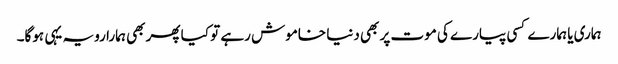
ہماری یا ہمارے کسی پیارے کی موت پر بھی دنیا خاموش رہے تو کیا پھر بھی ہمارا رویہ یہی ہوگا۔